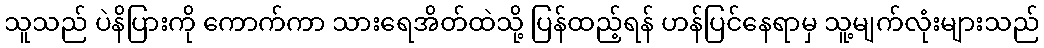
သူသည် ပဲနိပြားကို ကောက်ကာ သားရေအိတ်ထဲသို့ ပြန်ထည့်ရန် ဟန်ပြင်နေရာမှ သူ့မျက်လုံးများသည်